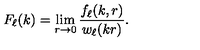
F _ { \ell } ( k ) = \lim _ { r \to 0 } \frac { f _ { \ell } ( k , r ) } { w _ { \ell } ( k r ) } .